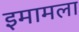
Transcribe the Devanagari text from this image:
इमामला